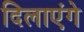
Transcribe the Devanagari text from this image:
दिलाएंगे